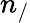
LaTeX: n_{/}